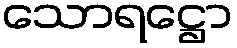
သောရဋ္ဌော